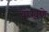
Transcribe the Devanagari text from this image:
चोखणे